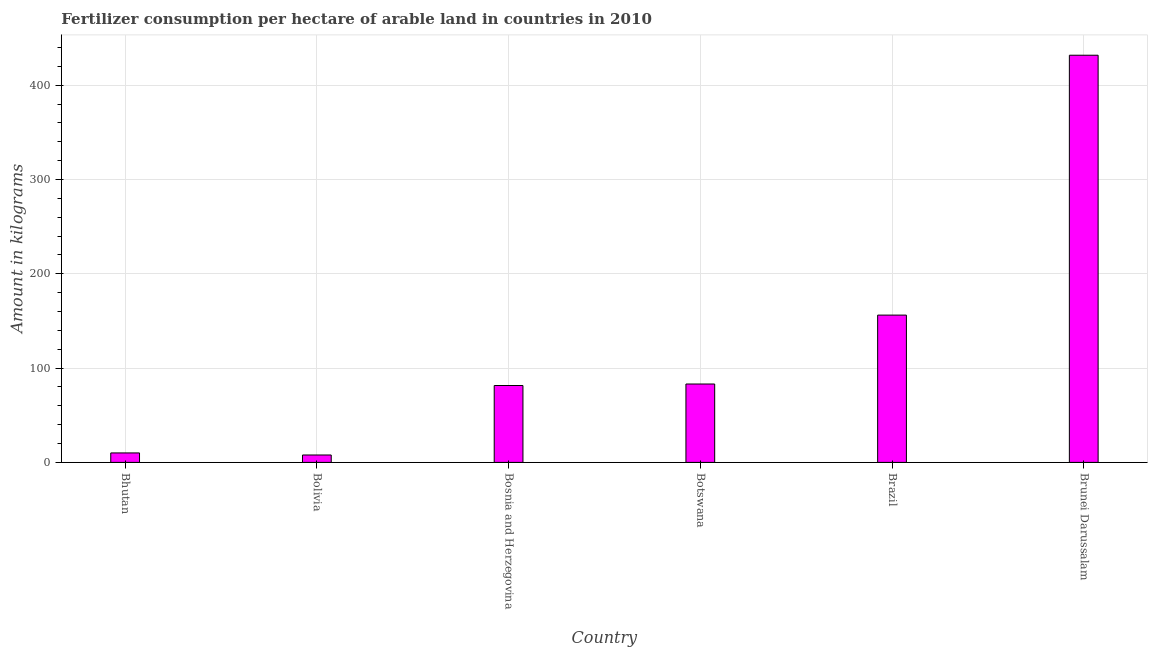
| Country | Fertilizer consumption |
 | --- | --- |
 | Bhutan | 10 |
 | Bolivia | 7.86 |
 | Bosnia and Herzegovina | 81.5 |
 | Botswana | 83.1 |
 | Brazil | 156 |
 | Brunei Darussalam | 432 |